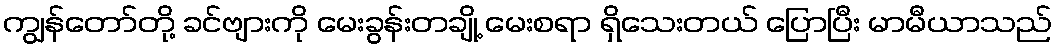
ကျွန်တော်တို့ ခင်ဗျားကို မေးခွန်းတချို့ မေးစရာ ရှိသေးတယ် ပြောပြီး မာမီယာသည်